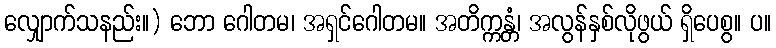
လျှောက်သနည်း။) ဘော ဂေါတမ၊ အရှင်ဂေါတမ။ အတိက္ကန္တံ၊ အလွန်နှစ်လိုဖွယ် ရှိပေစွ။ ပ။